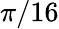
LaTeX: \pi/16